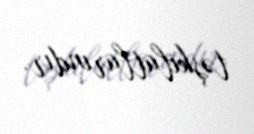
təşkilatlarındır.